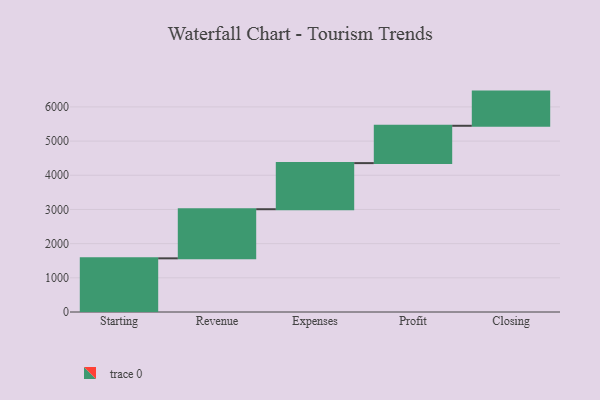
{"axis": {"x": "Step", "y": "Value"}, "legend": [""], "data": [{"x": "Starting", "y": 1570.0, "type": ""}, {"x": "Revenue", "y": 1437.0, "type": ""}, {"x": "Expenses", "y": 1349.0, "type": ""}, {"x": "Profit", "y": 1092.0, "type": ""}, {"x": "Closing", "y": 1000, "type": ""}]}